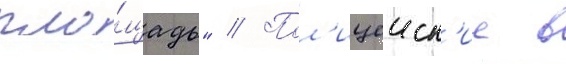
пло́щадь" // Пол'ицеиск'ие в